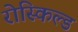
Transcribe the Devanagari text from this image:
रोस्किल्ड